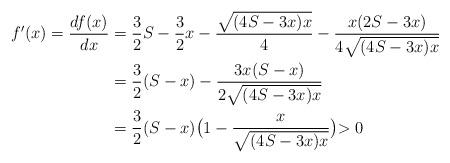
LaTeX: \begin{align*}\begin{aligned}f^{\prime}(x)=\dfrac{df(x)}{dx}&=\dfrac32S-\dfrac32x-\dfrac{\sqrt{(4S-3x)x}}4-\dfrac {x(2S-3x)}{4\sqrt{(4S-3x)x}}\\&=\dfrac32(S-x)-\dfrac {3x(S-x)}{2\sqrt{(4S-3x)x}}\\&=\dfrac32(S-x)\bigl(1-\dfrac {x}{\sqrt{(4S-3x)x}}\bigl)>0\end{aligned}\end{align*}